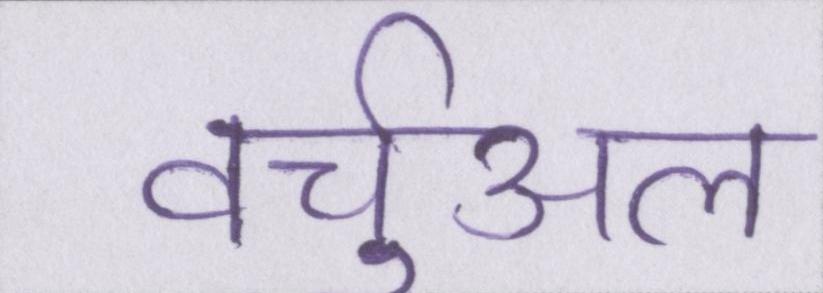
वर्चुअल